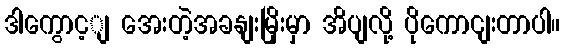
ဒါကွောင့ျ အေးတဲ့အခနျးမြိုးမှာ အိပျလို့ ပိုကောငျးတာပါ။